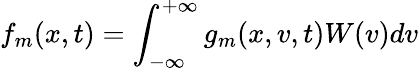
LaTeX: f_{m}(x,t)=\int_{-\infty}^{+\infty}g_{m}(x,v,t)W(v)dv